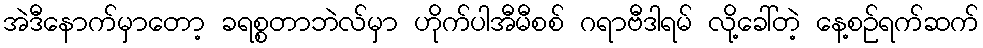
အဲဒီနောက်မှာတော့ ခရစ္စတာဘဲလ်မှာ ဟိုက်ပါအီမီစစ် ဂရာဗီဒါရမ် လို့ခေါ်တဲ့ နေ့စဉ်ရက်ဆက်